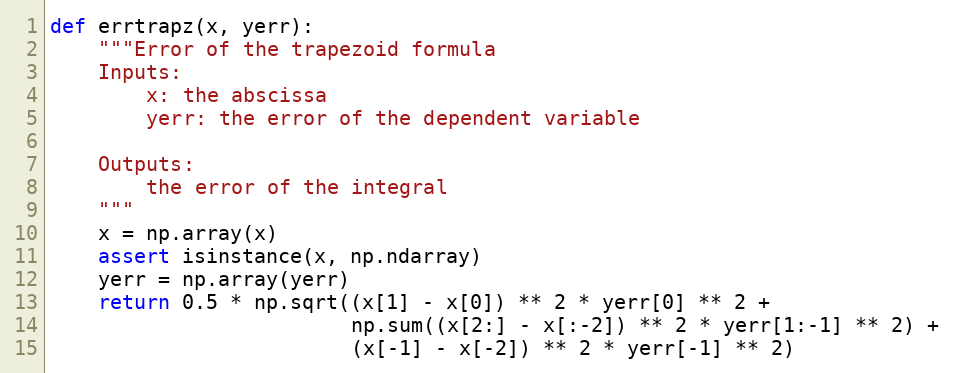
Language: Python
def errtrapz(x, yerr):
    """Error of the trapezoid formula
    Inputs:
        x: the abscissa
        yerr: the error of the dependent variable

    Outputs:
        the error of the integral
    """
    x = np.array(x)
    assert isinstance(x, np.ndarray)
    yerr = np.array(yerr)
    return 0.5 * np.sqrt((x[1] - x[0]) ** 2 * yerr[0] ** 2 +
                         np.sum((x[2:] - x[:-2]) ** 2 * yerr[1:-1] ** 2) +
                         (x[-1] - x[-2]) ** 2 * yerr[-1] ** 2)